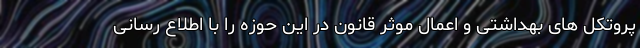
پروتکل های بهداشتی و اعمال موثر قانون در این حوزه را با اطلاع رسانی